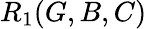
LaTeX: R_{1}(G,B,C)